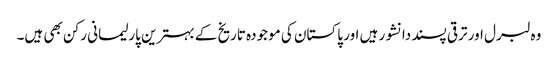
وہ لبرل اور ترقی پسند دانشور ہیں اور پاکستان کی موجودہ تاریخ کے بہترین پارلیمانی رکن بھی ہیں۔